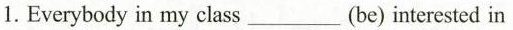
1.Everybody in my class___(be) interested in